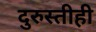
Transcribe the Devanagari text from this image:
दुरुस्तीही